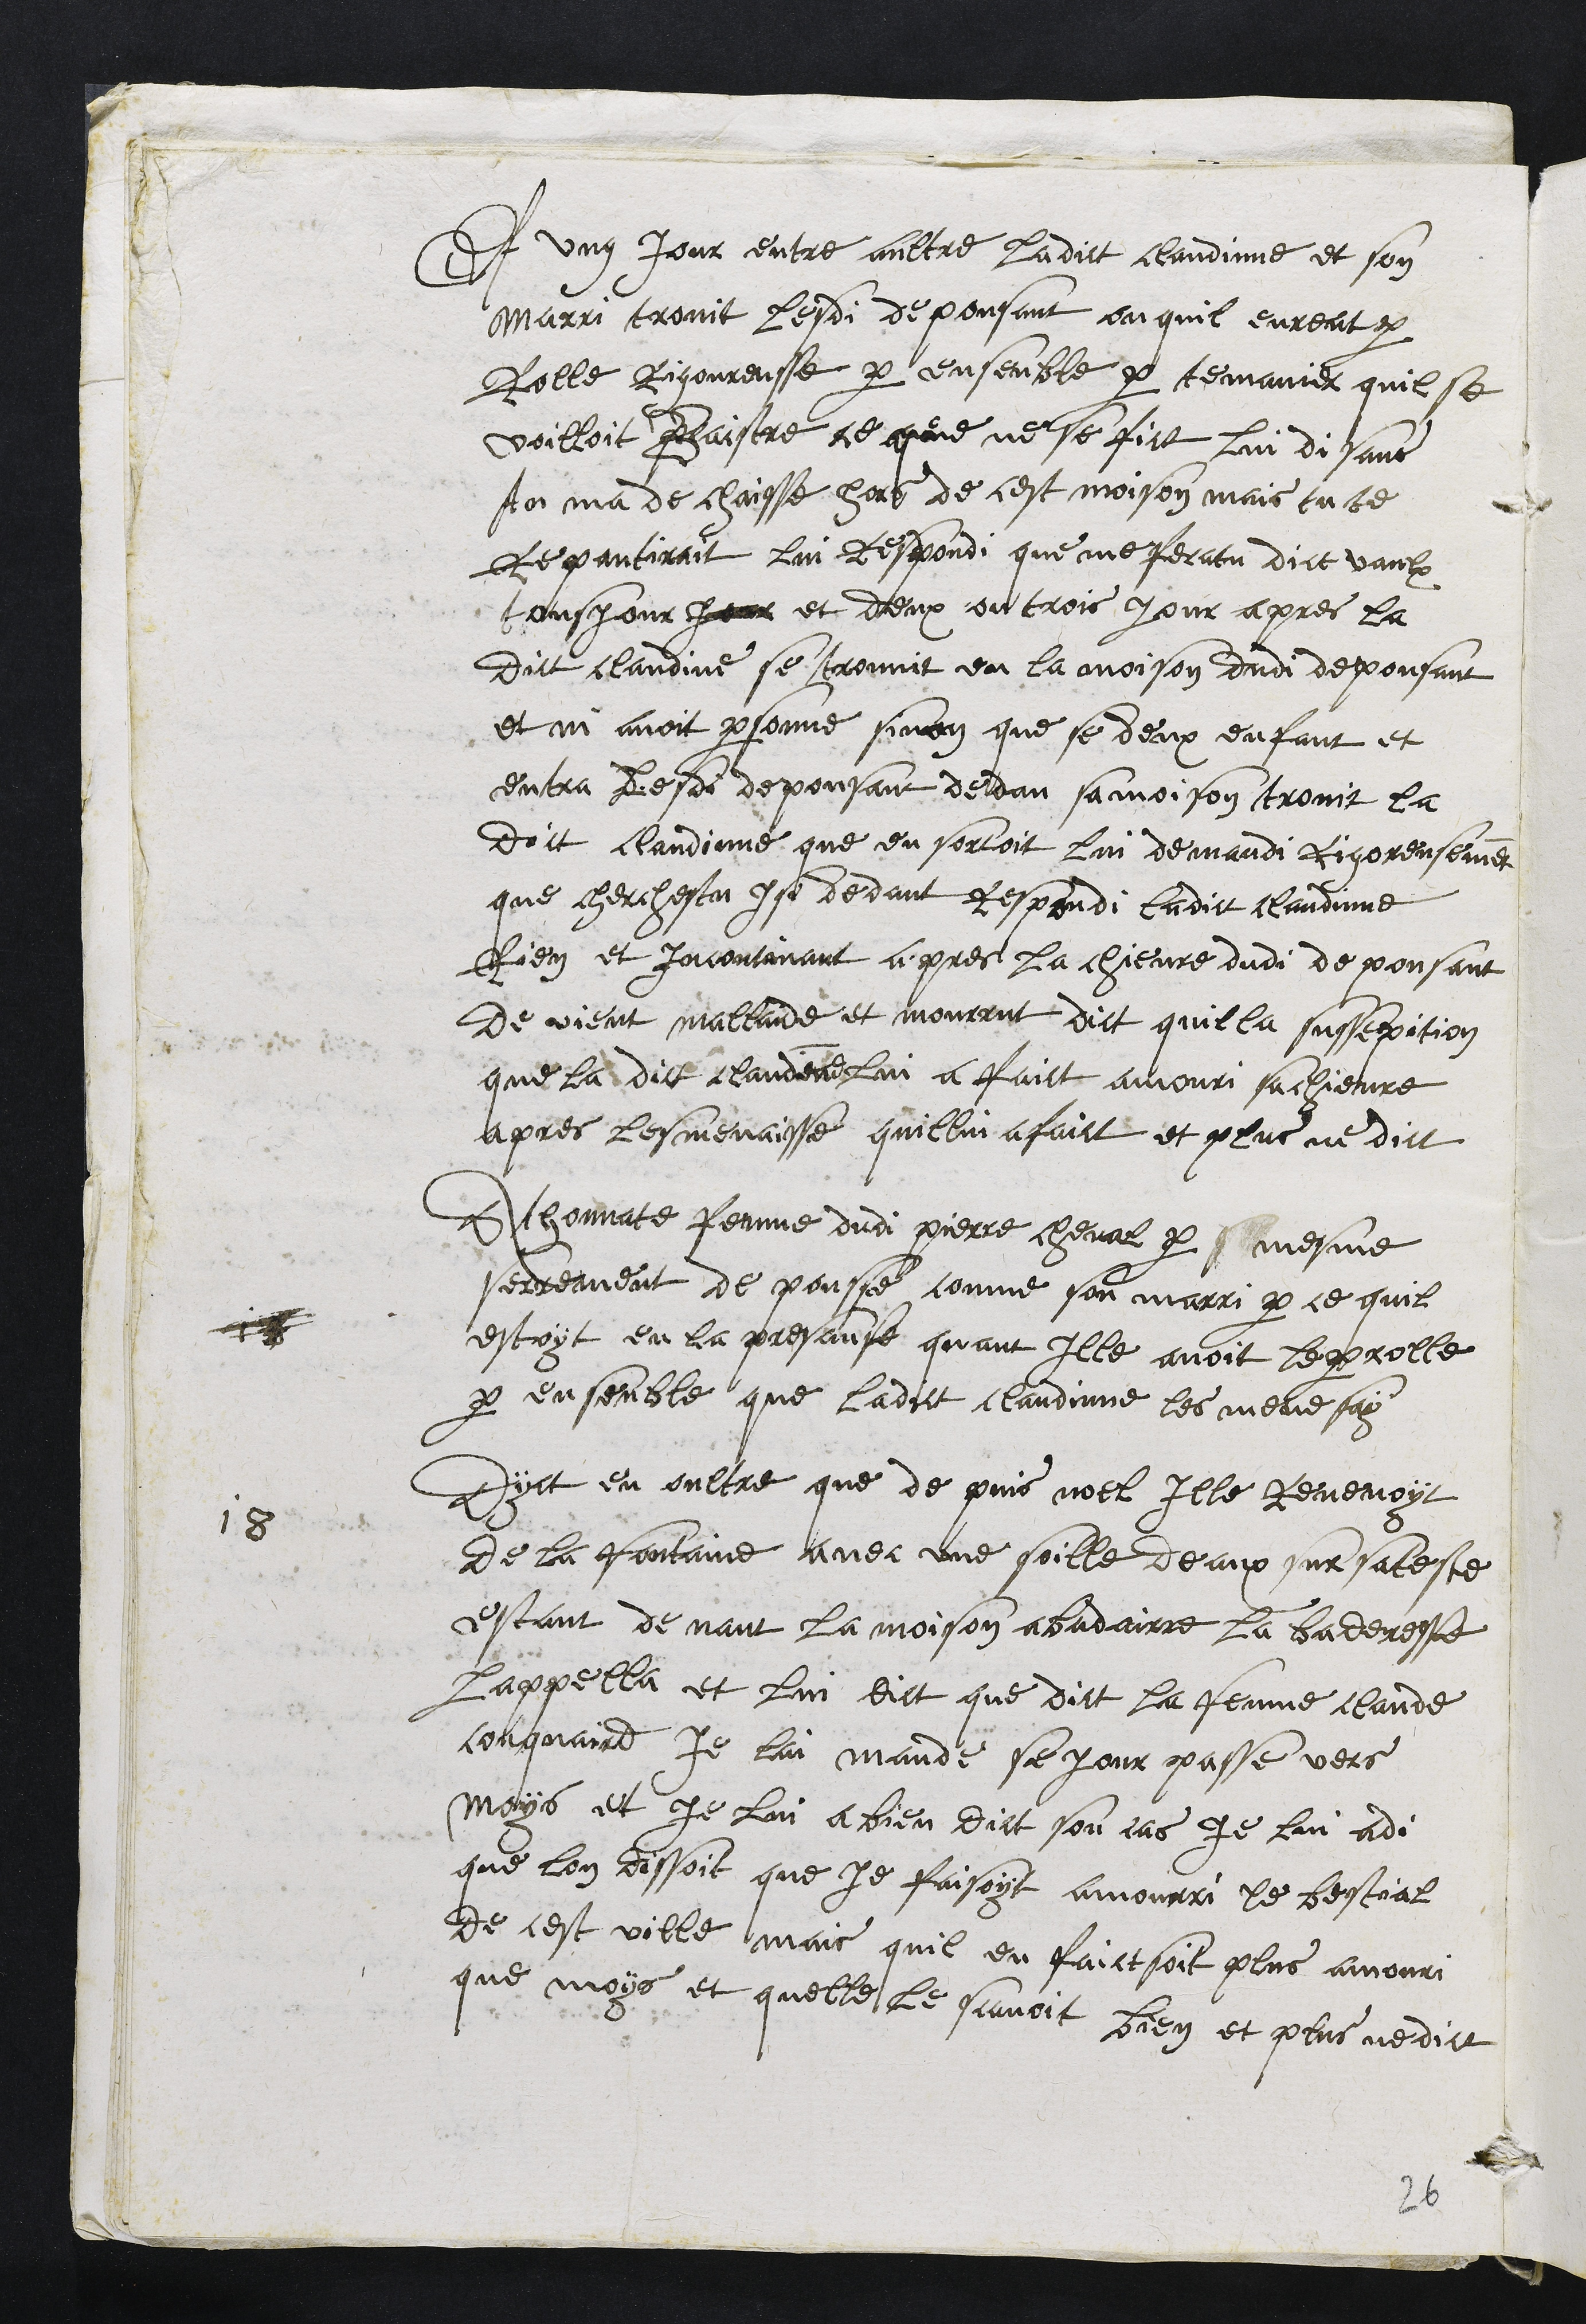
Et ung Jour entre aultre ladict claudinne et son
marri trovit lesdi depousant ou quil eurent par
rolle Rigoureusse par ensemble par temanier quil se
voilloit Baistre ce que ne se fict lui disant
tu ma dechaisse hors de cest moison mais tu te
Repantirait lui respondi que me feratu dict vaulx
tousjour jour et deux ou trois pour apres la
dict Claudine se trovit en la moison dudi depousant
et ni avoit personne sinon que se deux enfant et
entra lesdi depousant dedan sa moison trovit la
dict Claudinne que en sortoit lui demandi rigoreusement
que cherchestu isi dedant Respondi ladict claudinne
Rien et incontinant apres la chievre dudi depousant
de vient mallaide et mourrut dict quilla sussepition
que la dict Claudene lui a faict amouri sa chievre
apres les menaisse quillui a faict et plus ne dict
1 8
Athonnate femme dudit Pierre cheval par mesme
serrement de pousse comme son marri par ce quil
estoyt en la presanse quant Ille avoit le parolle
par ensemble que ladict Claudinne les menesay
Dyct en oultre que de puis noel Ille Revenoyt
de la fontaine avec une soille deaux sur sa teste
estant devant la moison a badairre la baderesse
lappella et lui dict que dict la femme Claude
couquaird Je lai mande se jour passe vers
moys et je lui a bien dict son cas Je lui a di
que lon dissoit que je faisoyt amourri le bestial
de cest ville mais quil en faictsoit plus amouri
que moys et quelle le scavoit bien et plus ne dict
26